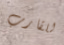
للقارب